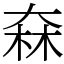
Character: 㚞